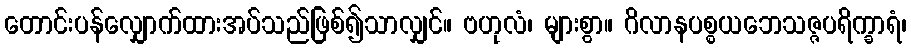
တောင်းပန်လျှောက်ထားအပ်သည်ဖြစ်၍သာလျှင်။ ဗဟုလံ၊ များစွာ။ ဂိလာနပစ္စယဘေသဇ္ဇပရိက္ခာရံ၊